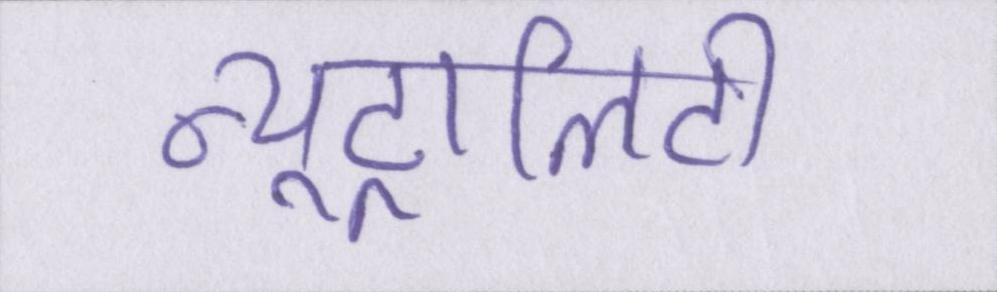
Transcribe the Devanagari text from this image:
न्यूट्रालिटी